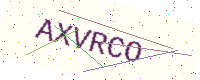
Text: AXVRCO